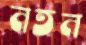
নতন